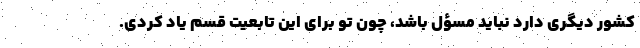
کشور دیگری دارد نباید مسؤل باشد، چون تو برای این تابعیت قسم یاد کردی.